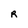
Character: R